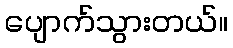
ပျောက်သွားတယ်။